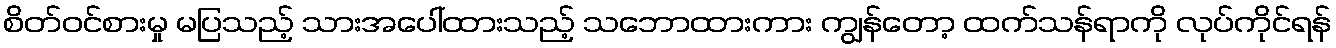
စိတ်ဝင်စားမှု မပြသည့် သားအပေါ်ထားသည့် သဘောထားကား ကျွန်တော့ ထက်သန်ရာကို လုပ်ကိုင်ရန်